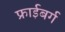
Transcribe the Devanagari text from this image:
फ्राईबर्ग